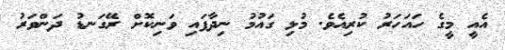
އެއީ މީގެ ހައަހަރު ކުރިއެވެ. މުޅި ގައުމު ނިދާފައި ވަނިކޮށް ރޭގަނޑު ދަންވަރު